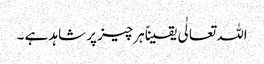
اللہ تعالٰی یقیناً ہرچیز پر شاہد ہے ۔